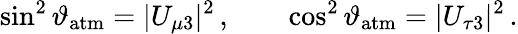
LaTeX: \sin^{2}\vartheta_{\mathrm{atm}}=|U_{\mu 3}|^{2}\, ,\qquad\cos^{2}\vartheta_{\mathrm{atm}}=|U_{\tau 3}|^{2}\, .